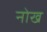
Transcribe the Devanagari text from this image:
नोख